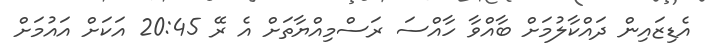
އެޑިޒައިން ދައްކާލުމަށް ބާއްވާ ހާއްސަ ރަސްމިއްޔާތަށް އެ ރޭ 20:45 އަކަށް އައުމަށް